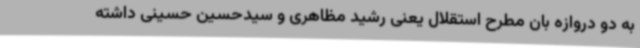
به دو دروازه بان مطرح استقلال یعنی رشید مظاهری و سیدحسین حسینی داشته